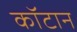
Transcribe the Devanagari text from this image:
कॉटान